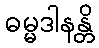
ဓမ္မဒါနန္တိ